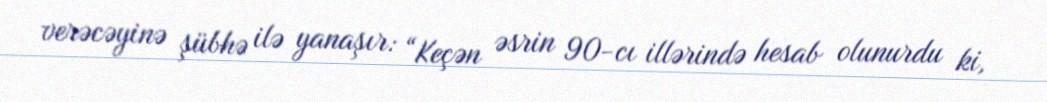
verəcəyinə şübhə ilə yanaşır: “Keçən əsrin 90-cı illərində hesab olunurdu ki,